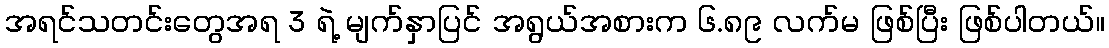
အရင်သတင်းတွေအရ 3 ရဲ့ မျက်နှာပြင် အရွယ်အစားက ၆.၈၉ လက်မ ဖြစ်ပြီး ဖြစ်ပါတယ်။